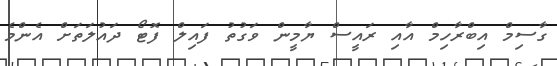
ގާސިމް އިބްރާހިމް އާއި ރައީސް ޔާމީން ވަގުތު ފައިލް ފޮޓޯ ދައުލަތަށް އެންމެ